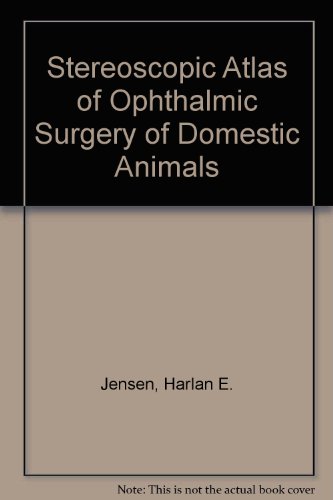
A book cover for Stereoscopic Atlas of Ophthalmic Surgery of Domestic Animals; Harlan E. Jensen; Medical Books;